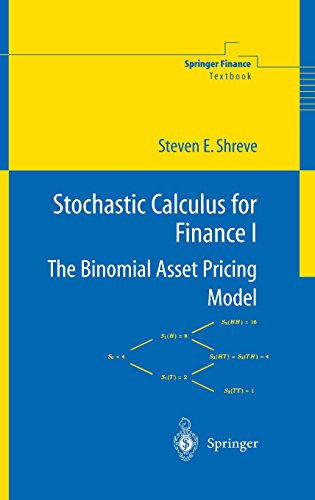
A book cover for Stochastic Calculus for Finance I: The Binomial Asset Pricing Model (Springer Finance) (v. 1); Steven Shreve; Science & Math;